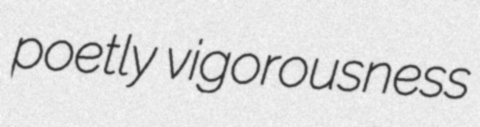
poetly vigorousness